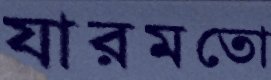
যারমতো